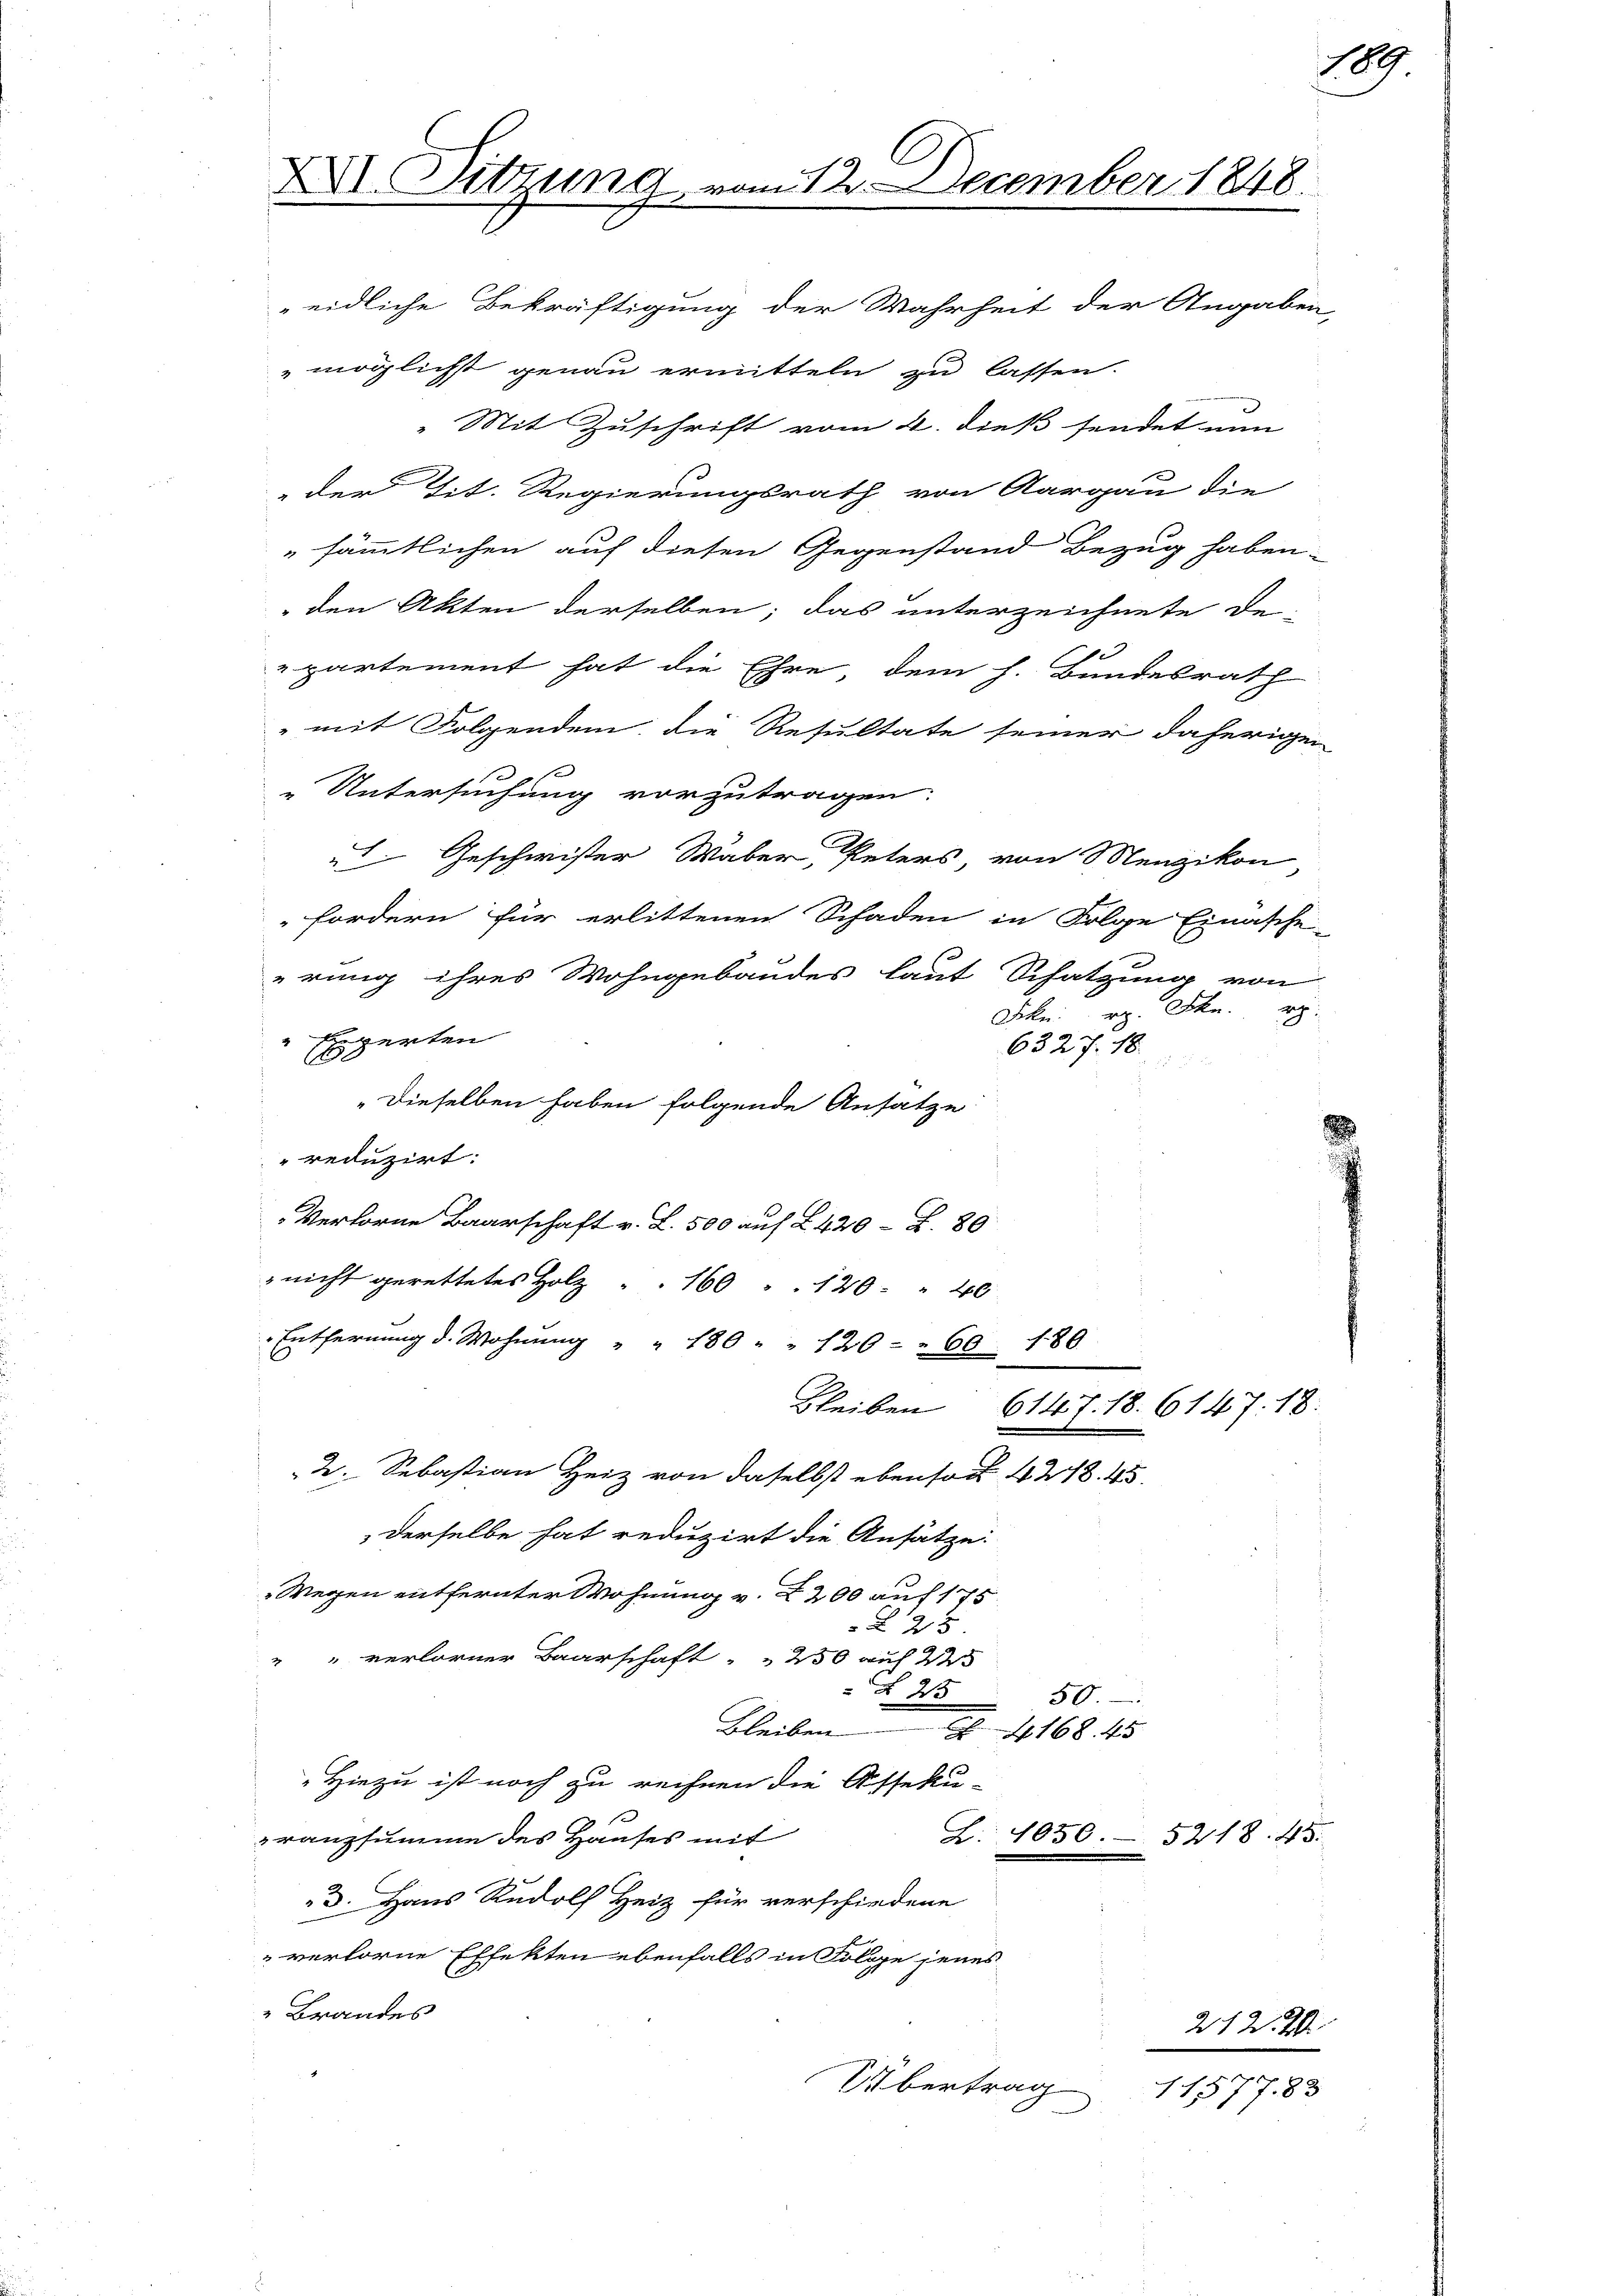
XXI. Sitzung vom 12. December 1848.

eidliche Bekräftigung der Wahrheit der Angaben-
möglichst genau ermitteln zu lassen.
Mit Zuschrift vom 4. dieß sendet nun
" der Tit. Regierungsrath von Aargau die
sämmtlichen auf diesen Gegenstand Bezug haben.
 den Akten derselben; das unterzeichnete De-
e
partement hat die Ehre, dem h. Bundesrath
mit Folgendem, die Resultate seiner daherigen
„Untersuchung vorzutragen.
 Geschwister Waber, Peters, von Menzikon,
fordern für erlittenen Schaden in Folge Einasche-
erung ihres Wohngebäudes laut Schatzung von
Frkn. r. 25kr.
 Experten
6327. 18

"dieselben haben folgende Ansatze
reduzirt:
Verlorne Baarschaft v. L. 500 auf L 420 - Z. 80
 nicht gerettetes Holz . 160 " 120 " 40
Entfernung d. Wohnung " " 180 " " 120 " 60 f. 80
Bleiben
6147. 18. 6147. 18.
2. Sebastian Heiz von daselbst ebensod 428. 45
derselbe hat reduzirt die Ansätze:
Wegen entfernter Wohnung v. 2200 auf 175
2 x
" " verlorner Baarschaft " " 250 auf W
§ 25
50.
Bleiben
4168. 45
Hiezu ist noch zu rechnen die Asseku-
ranzsumme des Hauses mit
Z. 1056. 5218. 45.
3. Haus Rudolf Heiz für verschiedene
verlorne Effekten ebenfalls in Folge jenes
 Brandes
212. 20
Übertrag
1157783

189